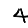
Digit: 4